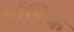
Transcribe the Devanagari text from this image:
र्वाषिक